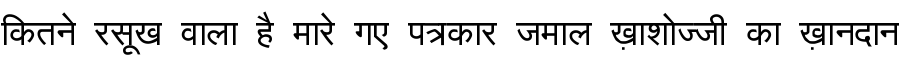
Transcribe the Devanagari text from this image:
कितने रसूख वाला है मारे गए पत्रकार जमाल ख़ाशोज्जी का ख़ानदान